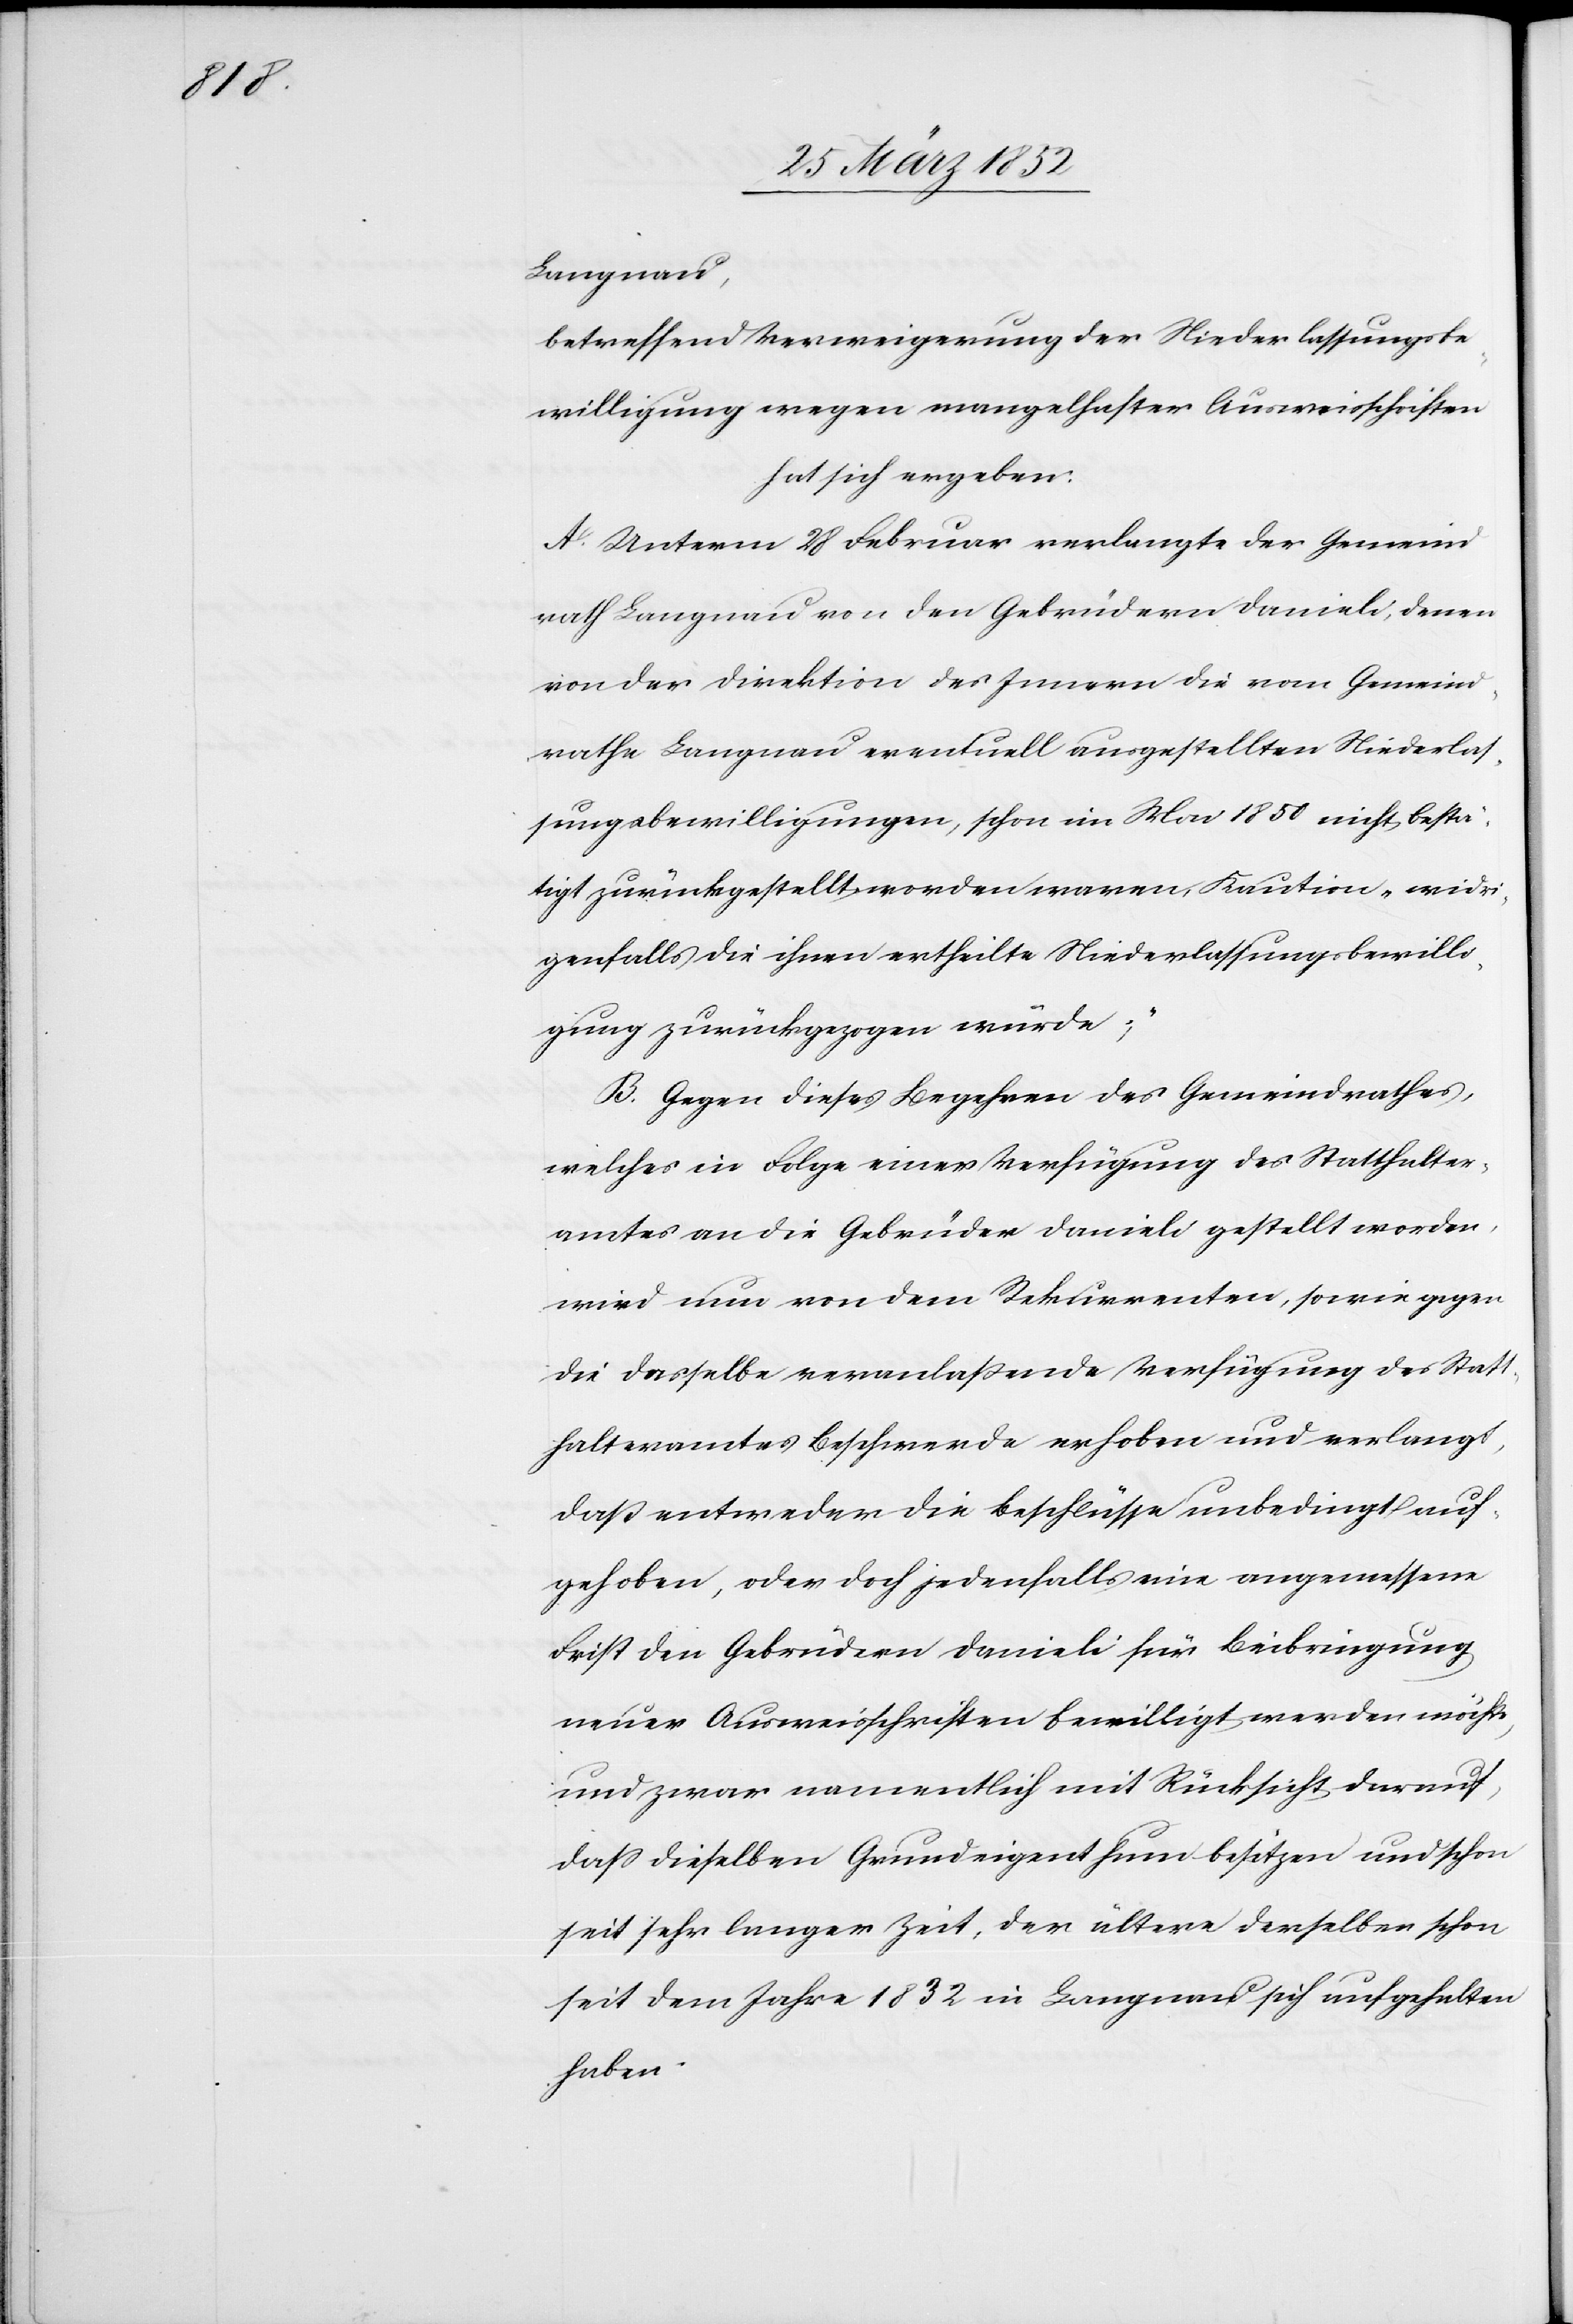
Langnau,
betreffend Verweigerung der Niederlassungsbe¬
willigung wegen mangelhafter Ausweisschriften
hat sich ergeben:
A. Unterm 28 Februar verlangte der Gemeind¬
rath Langnau von den Gebrüdern Danieli, denen
von der Direktion des Innern die vom Gemeind¬
rathe Langnau eventuell ausgestellten Niederlas¬
sungsbewilligungen, schon im Mai 1850 nicht bestä¬
tigt zurückgestellt worden waren, Kaution, widr¬
igenfalls die ihnen ertheilte Niederlassungsbewilli¬
gung zurückgezogen würde;
B. Gegen dieses Begehren des Gemeindrathes,
welches in Folge einer Verfügung des Statthalter¬
amtes an die Gebrüder Danieli gestellt worden,
wird nun von den Rekurrenten, sowie gegen
die dasselbe veranlaßende Verfügung des Statt¬
halteramtes Beschwerde erhoben und verlangt,
daß entweder die Beschlüsse unbedingt auf¬
gehoben, oder doch jedenfalls eine angemessene
Frist den Gebrüdern Danieli für Beibringung
neuer Ausweisschriften bewilligt werden möchte,
und zwar namentlich mit Rücksicht darauf,
daß dieselben Grundeigenthum besitzen und schon
seit sehr langer Zeit, der ältere derselben schon
seit dem Jahre 1832 in Langnau sich aufgehalten
haben.